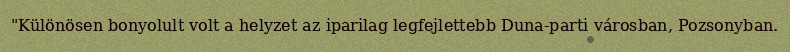
"Különösen bonyolult volt a helyzet az iparilag legfejlettebb Duna-parti városban, Pozsonyban.